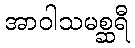
အာဝါသမစ္ဆရီ